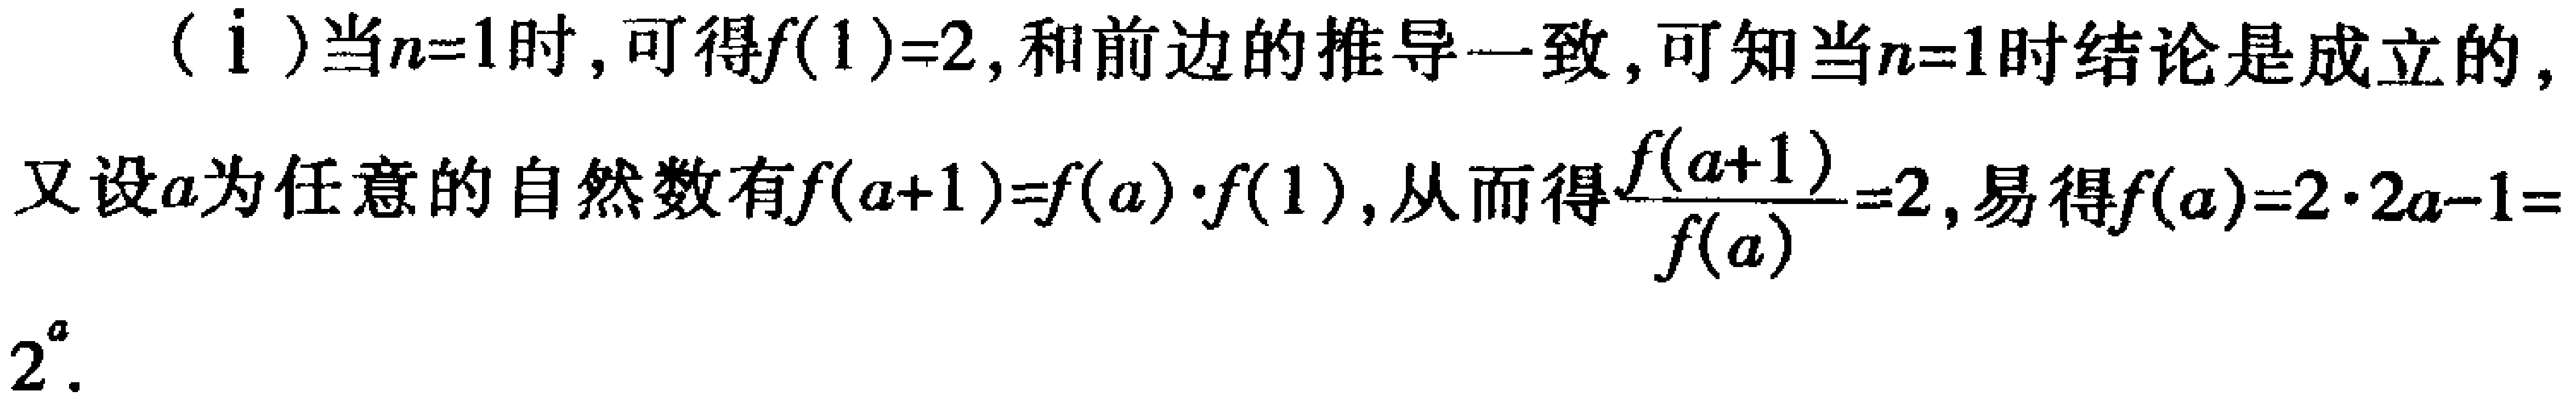
（i）当\(n = 1\)时，可得\(f(1)=2\)，和前边的推导一致，可知当\(n = 1\)时结论是成立的，
又设\(a\)为任意的自然数有\(f(a + 1)=f(a)\cdot f(1)\)，从而得\(\frac{f(a + 1)}{f(a)}=2\)，易得\(f(a)=2\cdot2^{a - 1}=2^{a}\)。